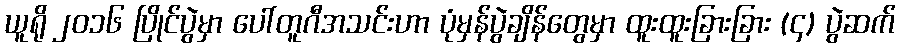
ယူရို ၂၀၁၆ ပြိုင်ပွဲမှာ ပေါ်တူဂီအသင်းဟာ ပုံမှန်ပွဲချိန်တွေမှာ ထူးထူးခြားခြား (၄) ပွဲဆက်